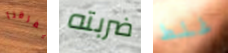
يفرقنا ضربته غلط